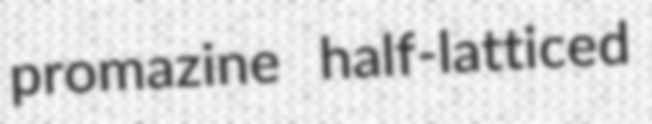
promazine half-latticed